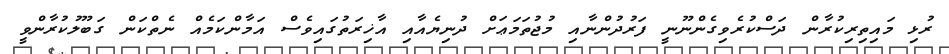
ރުޅި މައިތިރިކުރާން ދަސްކުރެވިގެންނޫނީ ފަރުދުންނާއި މުޖުތަމަޢަށް ދުނިޔެއާއި އާޚިރަތުގައިވެސް އަމާންކަމެއް ނެތްކަން ގަބޫލުކުރާންވީ